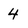
Character: 4